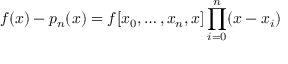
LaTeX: f ( x ) - p _ { n } ( x ) = f [ x _ { 0 } , \ldots , x _ { n } , x ] \prod _ { i = 0 } ^ { n } ( x - x _ { i } )